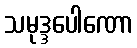
သမုဒ္ဒပေါဏော